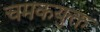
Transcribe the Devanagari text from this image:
चमकयुक्त